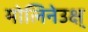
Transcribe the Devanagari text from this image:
मोलिनेउक्ष्